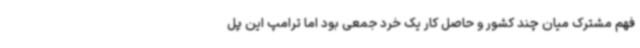
فهم مشترک میان چند کشور و حاصل کار یک خرد جمعی بود اما ترامپ این پل